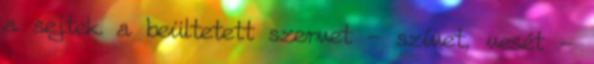
a sejtek a beültetett szervet - szívet, vesét -